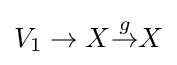
V_{1}\to X{\overset {g}{\to }}X